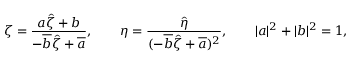
\zeta = \frac { a \hat { \zeta } + b } { - \overline { { { b } } } \hat { \zeta } + \overline { { { a } } } } , \qquad \eta = \frac { \hat { \eta } } { ( - \overline { { { b } } } \hat { \zeta } + \overline { { { a } } } ) ^ { 2 } } , \qquad | a | ^ { 2 } + | b | ^ { 2 } = 1 ,